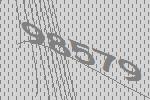
98579